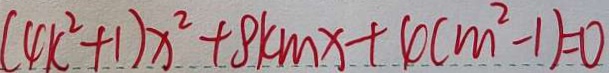
( 4 k ^ { 2 } + 1 ) x ^ { 2 } + 8 k m x + 4 ( m ^ { 2 } - 1 ) = 0